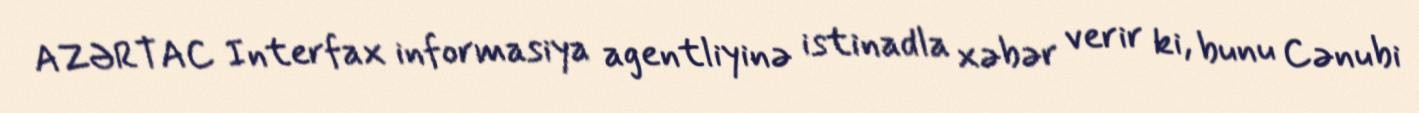
AZƏRTAC Interfax informasiya agentliyinə istinadla xəbər verir ki, bunu Cənubi